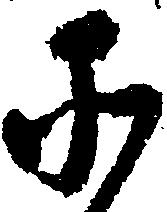
そ